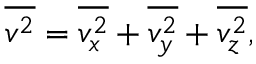
{ \overline { { v ^ { 2 } } } } = { \overline { { v _ { x } ^ { 2 } } } } + { \overline { { v _ { y } ^ { 2 } } } } + { \overline { { v _ { z } ^ { 2 } } } } ,